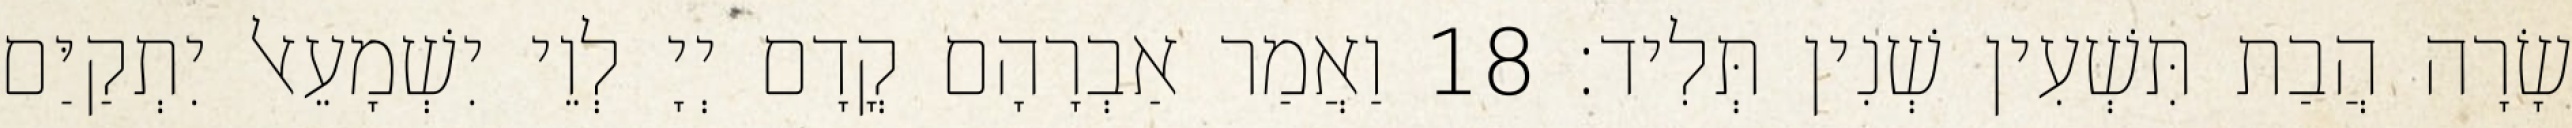
שָׂרָה הֲבַת תִּשְׁעִין שְׁנִין תְּלִיד׃ 18 וַאֲמַר אַבְרָהָם קֳדָם יְיָ לְוֵי יִשְׁמָעֵאל יִתְקַיַּם